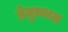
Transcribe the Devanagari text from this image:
हेतुप्रथम